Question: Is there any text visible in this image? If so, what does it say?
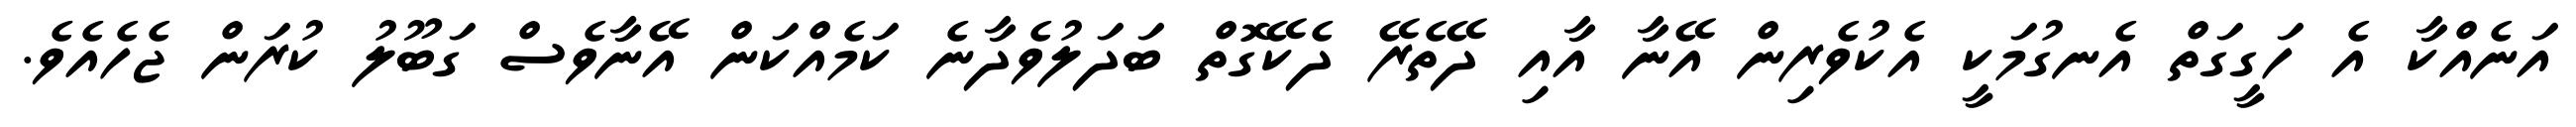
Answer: އަނެއްކާ އެ ހަގީގަތް އެނގުމަކީ އެކުވެރިން އޭނާ އާއި ދޭތެރޭ ދެކޭގޮތް ބަދަލުވެދާނެ ކަމެއްކަން އޭނާވެސް ގަބޫލު ކުރަން ޖެހެއެވެ.